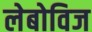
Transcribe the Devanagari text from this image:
लेबोविज